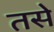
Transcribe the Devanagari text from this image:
तसेे